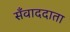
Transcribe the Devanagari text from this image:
सँवाददाता